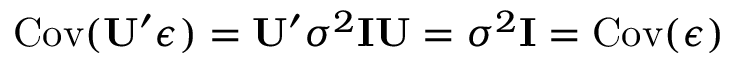
\mathrm { C o v } ( \mathbf { U } ^ { \prime } \boldsymbol \epsilon ) = \mathbf { U } ^ { \prime } \sigma ^ { 2 } \mathbf { I } \mathbf { U } = \sigma ^ { 2 } \mathbf { I } = \mathrm { C o v } ( \boldsymbol \epsilon )